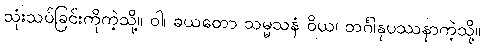
သုံးသပ်ခြင်းကိုကဲ့သို့။ ဝါ၊ ခယတော သမ္မသနံ ဝိယ၊ ဘင်္ဂါနုပဿနာကဲ့သို့။